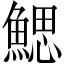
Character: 鰓